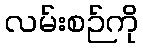
လမ်းစဉ်ကို